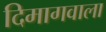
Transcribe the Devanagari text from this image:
दिमागवाला